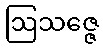
ဩသဇ္ဇေ